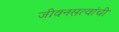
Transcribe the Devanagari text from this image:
जीवनसत्वांची